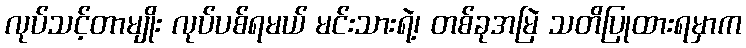
လုပ်သင့်တာမျိုး လုပ်ပစ်ရမယ် မင်းသားရဲ့၊ တစ်ခုအမြဲ သတိပြုထားရမှာက